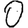
Digit: 0